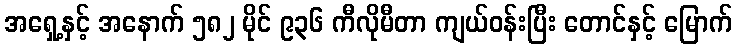
အရှေ့နှင့် အနောက် ၅၈၂ မိုင် ၉၃၆ ကီလိုမီတာ ကျယ်ဝန်းပြီး တောင်နှင့် မြောက်